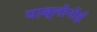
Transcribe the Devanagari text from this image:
याब्लोनोई